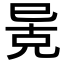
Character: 𫶶